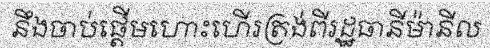
នឹងចាប់ផ្តើមហោះហើរត្រង់ពីរដ្ឋធានីម៉ានីល